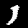
Digit: 1